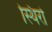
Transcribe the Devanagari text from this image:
स्थिरो